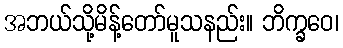
အဘယ်သို့မိန့်တော်မူသနည်း။ ဘိက္ခဝေ၊